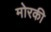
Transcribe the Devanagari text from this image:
मोरकी